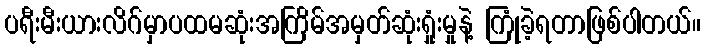
ပရီးမီးယားလိဂ်မှာပထမဆုံးအကြိမ်အမှတ်ဆုံးရှုံးမှုနဲ့ ကြုံခဲ့ရတာဖြစ်ပါတယ်။